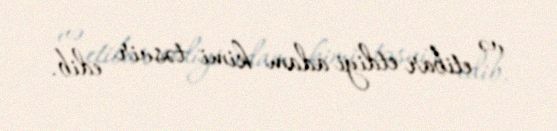
və etibar etdiyi adam kimi təsvir edib.